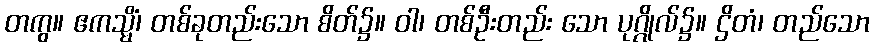
တကွ။ ဧကသ္မိံ၊ တစ်ခုတည်းသော စိတ်၌။ ဝါ၊ တစ်ဦးတည်း သော ပုဂ္ဂိုလ်၌။ ဌိတံ၊ တည်သော